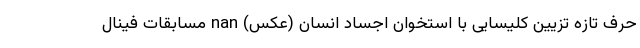
حرف تازه تزیین کلیسایی با استخوان اجساد انسان (عکس) nan مسابقات فینال